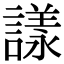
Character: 𧫛